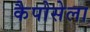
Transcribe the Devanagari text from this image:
कैपोसेला